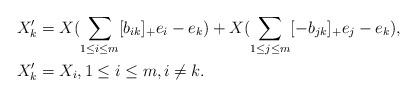
LaTeX: \begin{align*}X_k'&=X (\sum_{1\leq i\leq m}[b_{ik}]_{+} e_i -e_k)+X (\sum_{1\leq j\leq m}[-b_{jk}]_{+} e_j -e_k),\\X_k'&=X_i ,1\leq i\leq m,i\neq k.\end{align*}